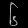
Digit: ၆